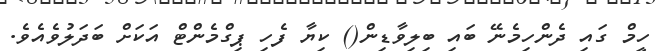
ހީމް ގައި ދެންހިމެނޭ ބައި ބިލިވާޑިން() ކިޔާ ފެހި ޕިގްމެންޓް އަކަށް ބަދަލުވެއެވެ.